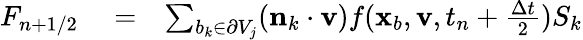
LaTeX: \begin{array}{rlr}{F_{n+1/2}}&{{}=}&{\sum_{b_{k}\in\partial V_{j}}(\mathbf n_{k}\cdot\mathbf v)f(\mathbf x_{b},\mathbf v,t_{n}+\frac{\Delta t}{2})S_{k}}\end{array}